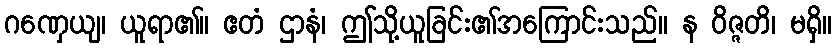
ဂဏှေယျ၊ ယူရာ၏။ ဧတံ ဌာနံ၊ ဤသို့ယူခြင်း၏အကြောင်းသည်။ န ဝိဇ္ဇတိ၊ မရှိ။